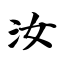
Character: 汝